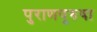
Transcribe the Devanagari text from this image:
पुराणपुरुषा